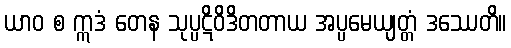
ယာဝ စ ဣဒံ တေန သုပ္ပဋိဝိဒိတတာယ အပ္ပမေယျတ္တံ ဒဿေတိ။